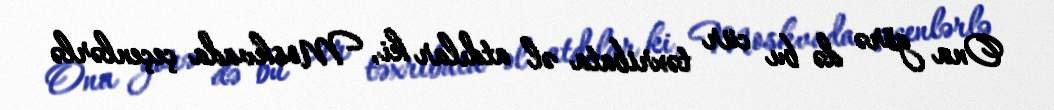
Ona görə də bu cür təxribata əl atdılar ki, Moskvada çeçenlərlə